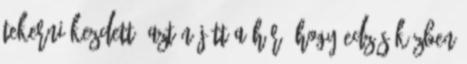
tekerni kezdett. Aztán jött a hír, hogy edzés közben